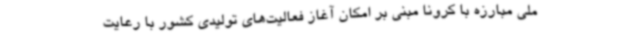
ملی مبارزه با کرونا مبنی بر امکان آغاز فعالیت‌های تولیدی کشور با رعایت